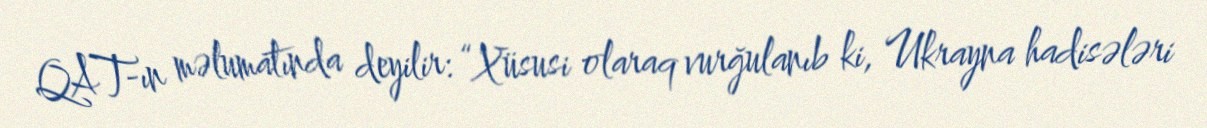
QAT-ın məlumatında deyilir: “Xüsusi olaraq vurğulanıb ki, Ukrayna hadisələri